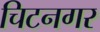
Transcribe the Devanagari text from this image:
चिटनगर